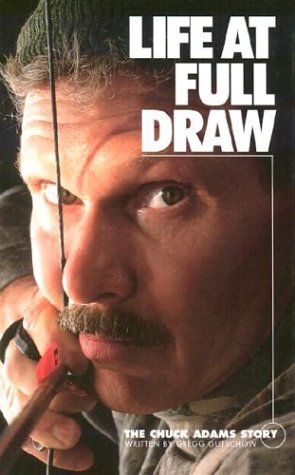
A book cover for Life at Full Draw; Gregg Gutschow; Sports & Outdoors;